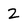
Character: 2